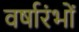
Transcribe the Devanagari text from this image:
वर्षारंभों